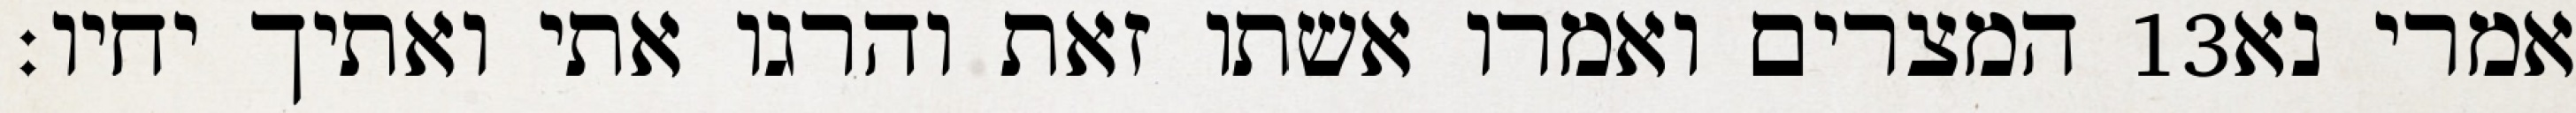
המצרים ואמרו אשתו זאת והרגו אתי ואתיך יחיו׃ ‎13‏ אמרי נא